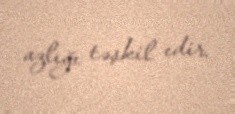
azlığı təşkil edir.